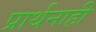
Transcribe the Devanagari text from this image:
प्रार्थनाही